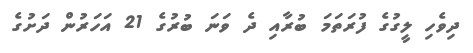
ދިވެހި ލީގުގެ ފުރަތަމަ ބުރާއި ދެ ވަނަ ބުރުގެ 21 އަހަރުން ދަށުގެ